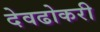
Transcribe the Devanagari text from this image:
देवढोकरी